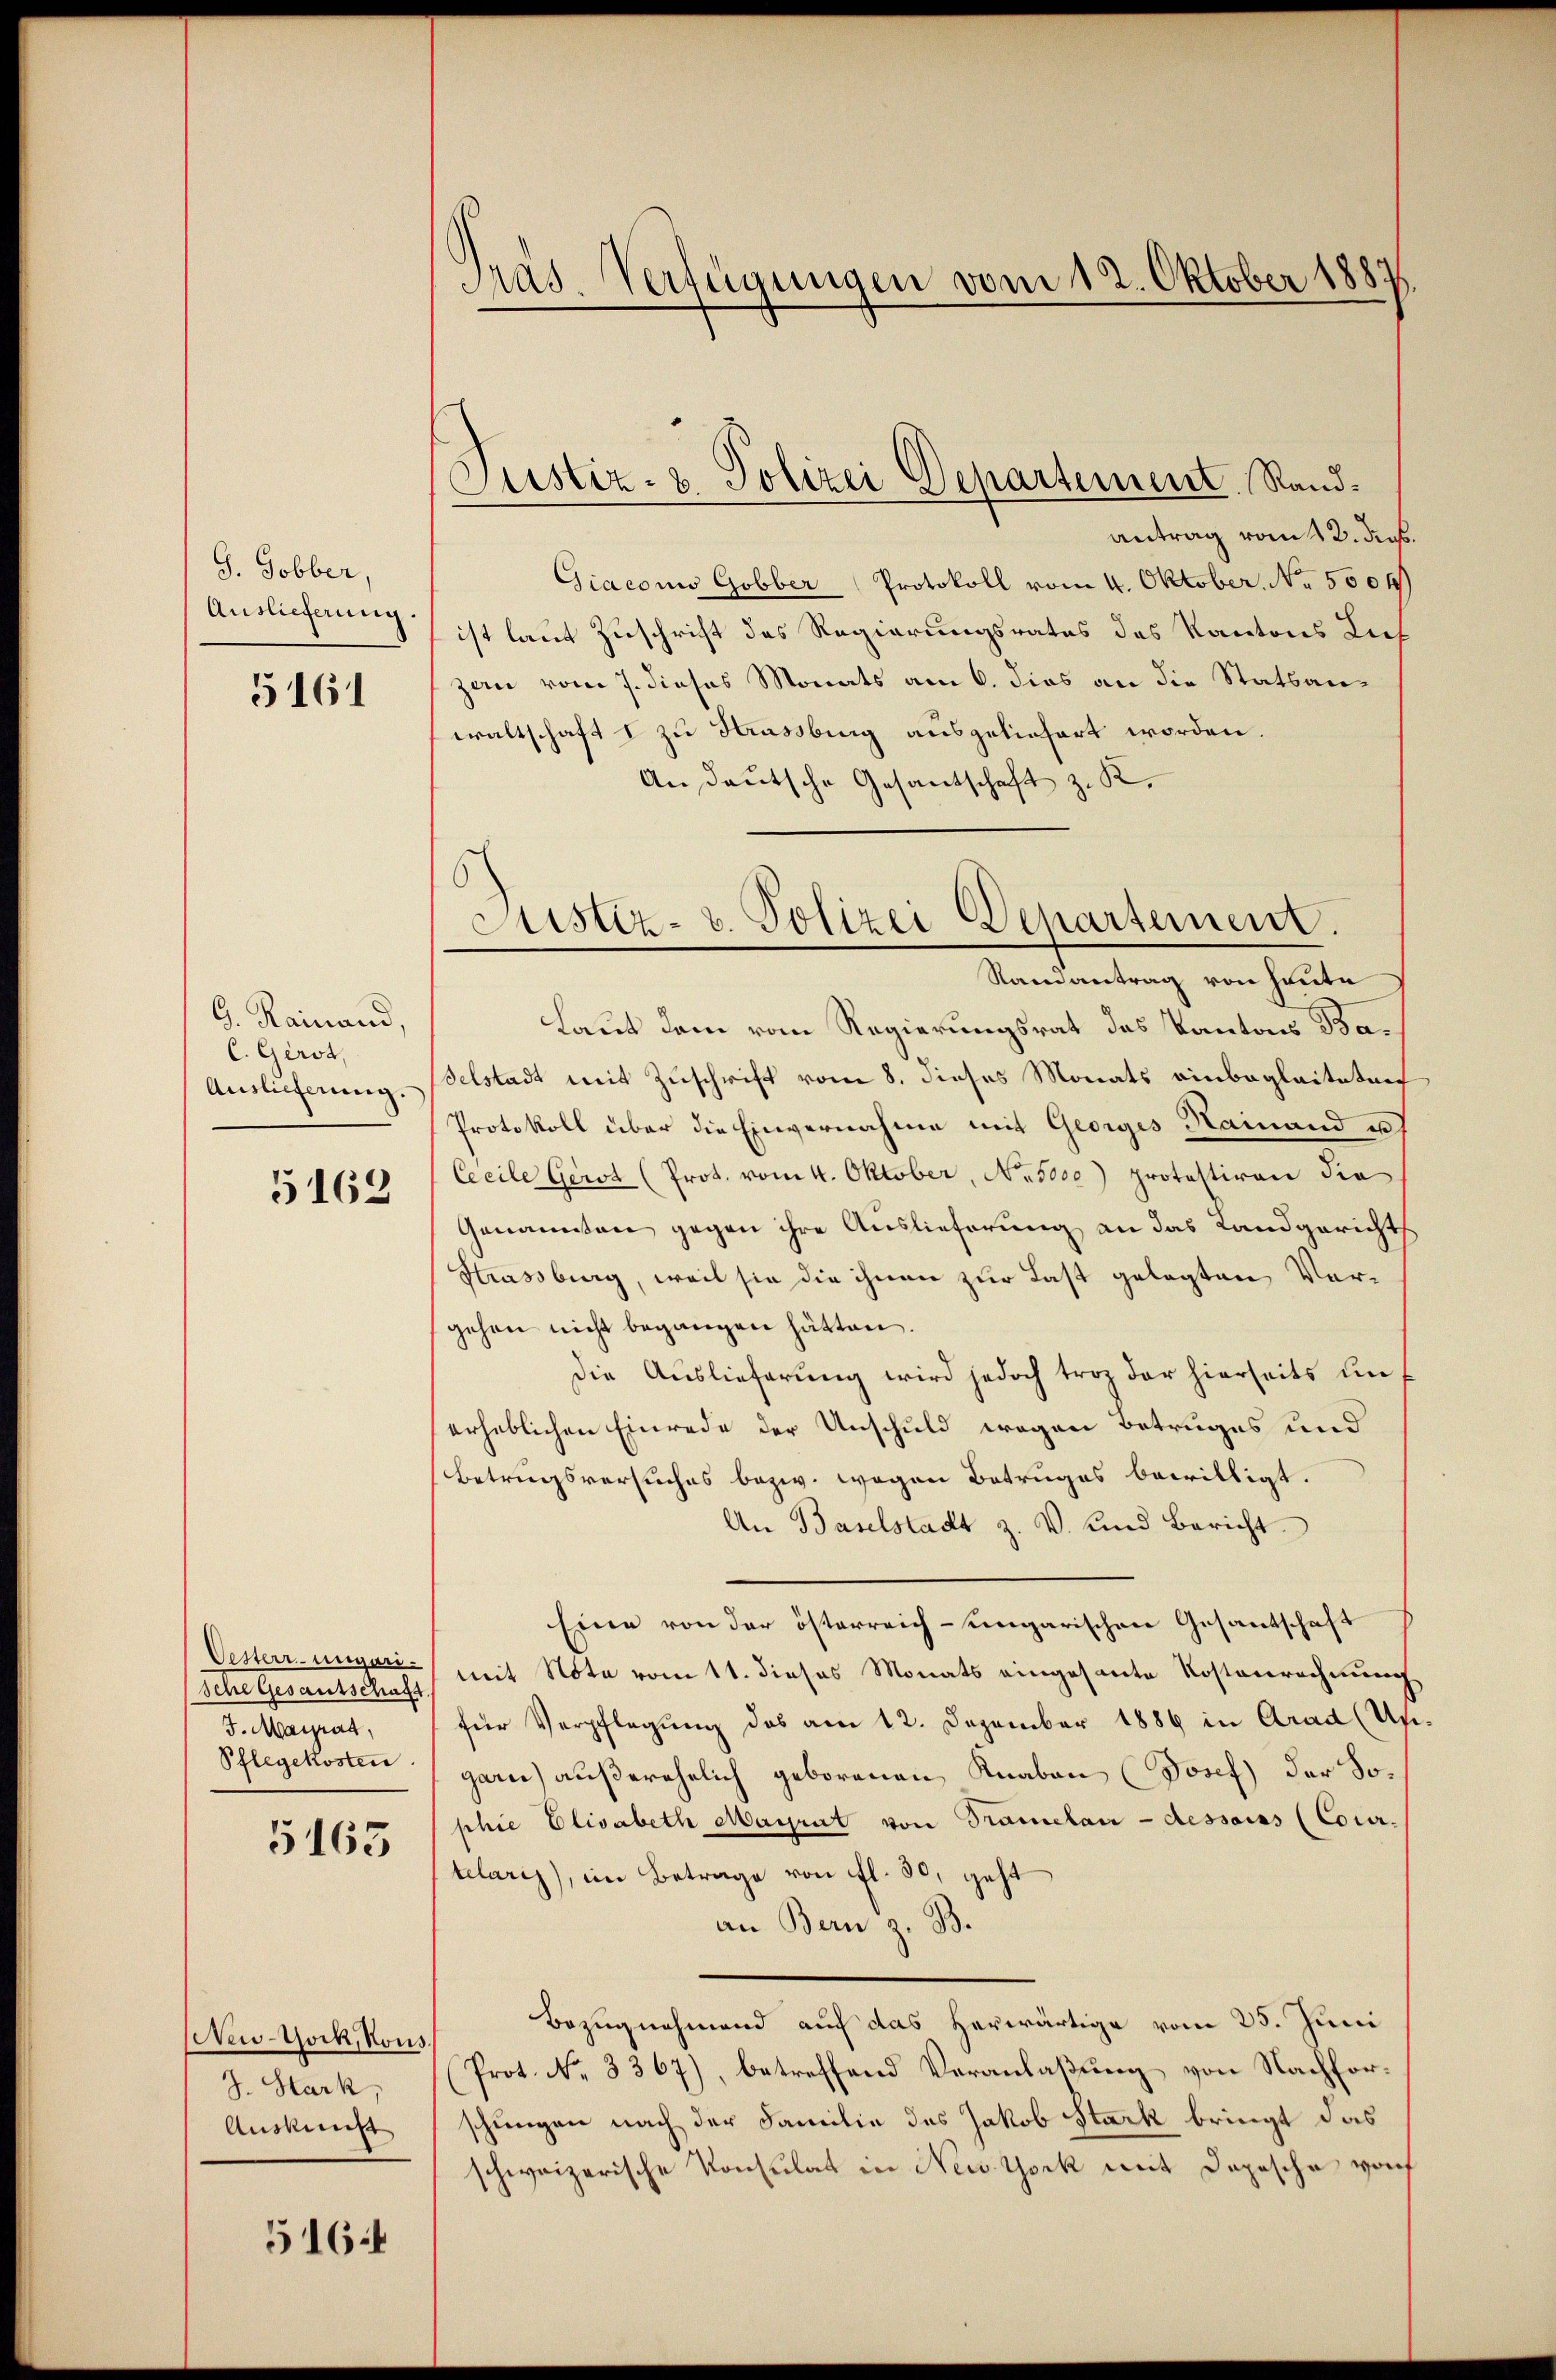
J. Gobber,
Auslieferung.

5161

G. Rainand,
C. Gerst,
Auslieferung.

5162

Oesterr. ungari-
sche Gesantschaft
5. Mairat
Pflegekosten

5165

New-York, Kons.
J. Hark,
Auskunft

516:

.
I
das. Verfügungen vom 12. Oktober 1887

Justiz- & Polizei Departement. Rand¬

antrag vom 12. Jens.
Giaconus Gobber Protokoll vom 4. Oktober. No. 5004)
ist laut Zuschrift des Regierungsrates des Kantons Lief
zan vom 7. dieses Monats am 6. dies an die Statsanwaltschaft I zu Krassburg ausgeliefert worden.
An deutsche Gesantschaft z. K.
Randantrag von heute
Laut dem vom Regierungsrat des Kantons Baselstadt mit Zuschrift vom 8. dieses Monats einbegleiteten
Protokoll über die Einvernahme mit Georges Namand u
Cecile Gerst (Prot. vom 4. Oktober, No. 5000) protestiren die
Genannten gegen ihre Auslieferung an das Landgerichts
Hrassburg, weil sie die ihnen zur Last gelegten Vorgehen nicht begangen hätten.
die Auslieferung wird jedoch troz der hierseits unerheblichen Einrede der Unschuld wegen Betruges und
Betrugsversuches bezw. wegen Betruges bewilligt.
An Baselstadt z. V. und Bericht.
Eine von der österreich-ungarischen Gesantschaft
mit Note vom 11. dieses Monats eingesante Kostenrechnung
für Verpflegung des am 12. Dezember 1889 in Grad (Un
garn) außerehelich geborenen Knaben (Josef) der Sophie Elisabeth Mariat von Tramelan - dessairs (Cour-
telaris), im Betrage von fl. 80, geht
an Bern z. B.
Bezugnahmend auf das herwärtige vom 25. Juni
Prot. No. 3367), betreffend Veranlaβŭng von Nachforschungen nach der Familie des Jakob Stark bringt das
schweizerische Konsulat in New York mit Depesche von

Justiz- u. Polizei Departement.